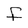
Character: f